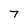
Character: 7